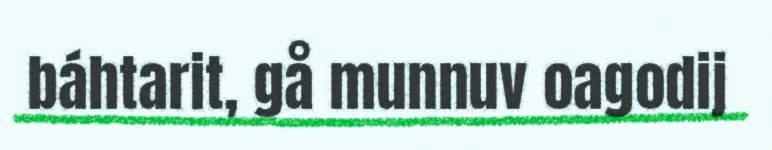
báhtarit, gå munnuv oagodij